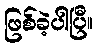
ဖြစ်ခဲ့ပါပြီ။